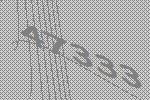
47333